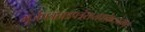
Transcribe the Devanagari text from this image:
भूर्जपत्रंताडपत्रंसप्तधावेष्टनंस्मृतं